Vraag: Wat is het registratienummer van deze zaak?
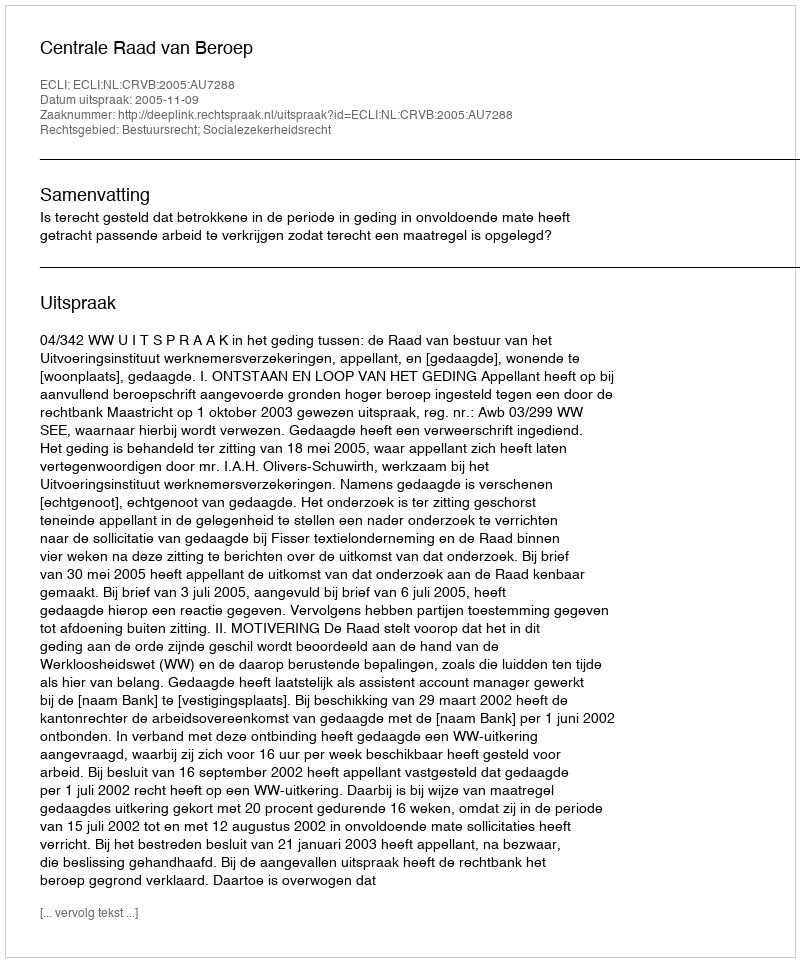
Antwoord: http://deeplink.rechtspraak.nl/uitspraak?id=ECLI:NL:CRVB:2005:AU7288